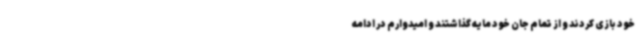
خود بازی کردند و از تمام جان خود مایه گذاشتند و امیدوارم در ادامه